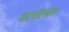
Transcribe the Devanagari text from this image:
पालोलम।